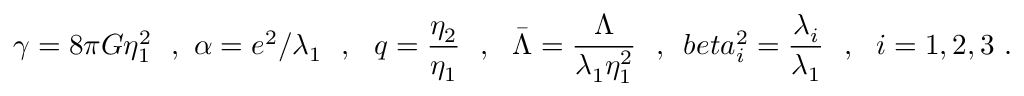
\gamma = 8 \pi G \eta _ { 1 } ^ { 2 } \ \ , \ \alpha = e ^ { 2 } / \lambda _ { 1 } \ \ , \ \ q = \frac { \eta _ { 2 } } { \eta _ { 1 } } \ \ , \ \ { \bar { \Lambda } } = \frac \Lambda { \lambda _ { 1 } \eta _ { 1 } ^ { 2 } } \ \ , \ \, b e t a _ { i } ^ { 2 } = \frac { \lambda _ { i } } { \lambda _ { 1 } } \ \ , \ \ i = 1 , 2 , 3 \ .